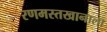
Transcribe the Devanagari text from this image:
रणमस्तखानाला